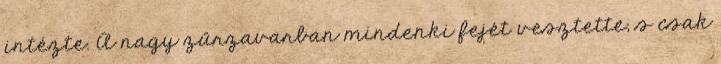
intézte. A nagy zűrzavarban mindenki fejét vesztette, s csak